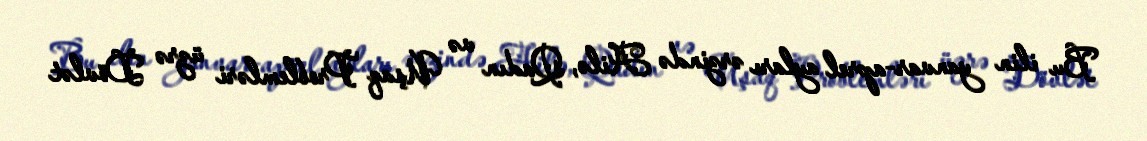
Bu ilin yanvar-aprel ayları ərzində Ailə, Qadın və Uşaq Problemləri üzrə Dövlət